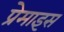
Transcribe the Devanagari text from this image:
प्रेमाइस